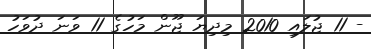
- 11 ޖުލައި 2010 މިދިޔަ ޖޫން މަހުގެ 11 ވަނަ ދުވަހު